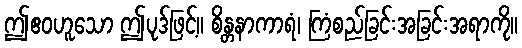
ဤဧဝဟူသော ဤပုဒ်ဖြင့်။ စိန္တနာကာရံ၊ ကြံစည်ခြင်းအခြင်းအရာကို။